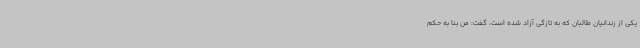
یکی از زندانیان طالبان که به تازگی آزاد شده است، گفت: من بنا به حکم